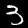
Label: 3